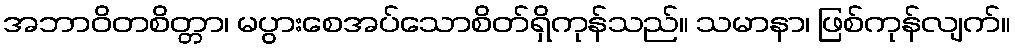
အဘာဝိတစိတ္တာ၊ မပွားစေအပ်သောစိတ်ရှိကုန်သည်။ သမာနာ၊ ဖြစ်ကုန်လျက်။